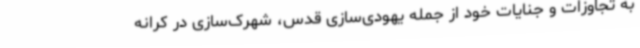
به تجاوزات و جنایات خود از جمله یهودی‌سازی قدس، شهرک‌سازی در کرانه